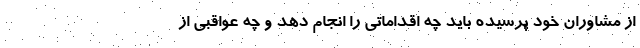
از مشاوران خود پرسیده باید چه اقداماتی را انجام دهد و چه عواقبی از